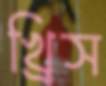
খ্রিস